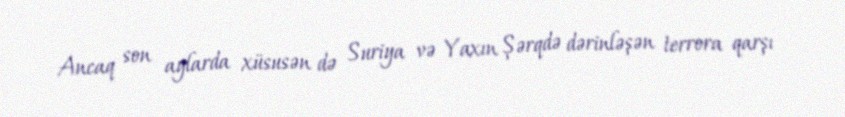
Ancaq son aylarda xüsusən də Suriya və Yaxın Şərqdə dərinləşən terrora qarşı